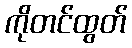
ကိုတင်ထွတ်